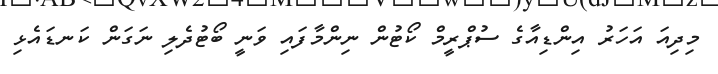
މިދިއަ އަހަރު އިންޑިއާގެ ސުޕްރީމް ކޯޓުން ނިންމާފައި ވަނީ ބޯޓުދެލި ނަގަން ކަނޑައެޅި